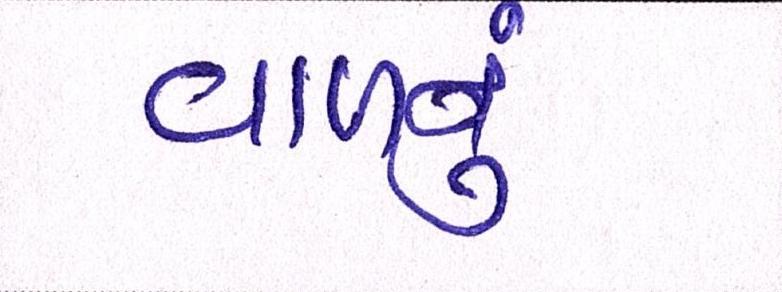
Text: વાળનું